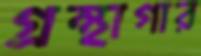
গ্রন্থাগার